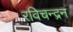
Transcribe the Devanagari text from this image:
रविचन्द्रन